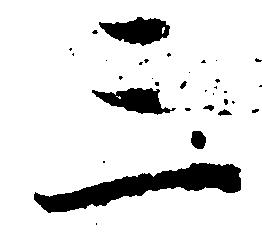
三